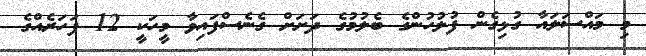
މި މައްސަލައާ ގުޅިގެން ފުލުހުންގެ ބެލުމުގެ ދަށަށް ގެނެސްފައިވާ މީހަކީ 12 ފަހަރެއްގެ